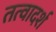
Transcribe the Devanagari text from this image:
तत्वादर्श